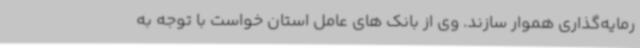
رمایه‌گذاری هموار سازند. وی از بانک های عامل استان خواست با توجه به